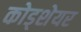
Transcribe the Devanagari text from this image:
कोड्शेयर